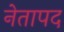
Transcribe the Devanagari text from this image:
नेतापद